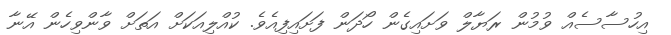
އިހުސާސެއް ވުމުން ރަޔާލް ވަށައިގެން ހޯދަން ފަށައިފިއެވެ. ކުއްލިއަކަށް އަތަށް ވާންވިހެން އޭނާ